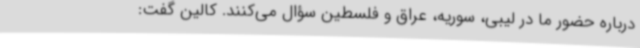
درباره حضور ما در لیبی، سوریه، عراق و فلسطین سؤال می‌کنند. کالین گفت: